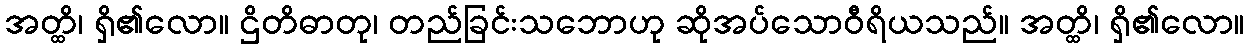
အတ္ထိ၊ ရှိ၏လော။ ဌိတိဓာတု၊ တည်ခြင်းသဘောဟု ဆိုအပ်သောဝီရိယသည်။ အတ္ထိ၊ ရှိ၏လော။